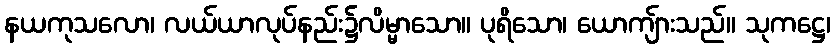
နယကုသလော၊ လယ်ယာလုပ်နည်း၌လိမ္မာသော။ ပုရိသော၊ ယောကျ်ားသည်။ သုကဋ္ဌေ၊